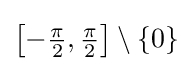
\left[-{\tfrac {\pi }{2}},{\tfrac {\pi }{2}}\right]\setminus \{0\}